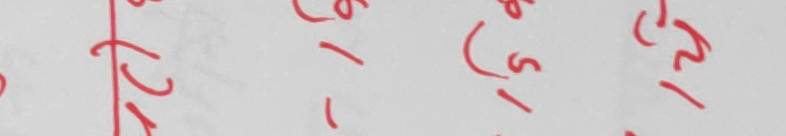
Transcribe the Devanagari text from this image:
१८/१२/२०७९